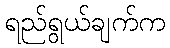
ရည်ရွယ်ချက်က